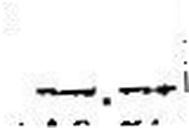
—.—